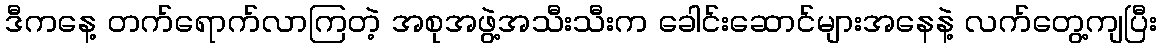
ဒီကနေ့ တက်ရောက်လာကြတဲ့ အစုအဖွဲ့အသီးသီးက ခေါင်းဆောင်များအနေနဲ့ လက်တွေ့ကျပြီး